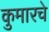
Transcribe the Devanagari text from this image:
कुमारचे